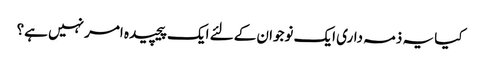
کیا یہ ذمہ داری ایک نوجوان کےلئے ایک پیچیده امر نہیں ہے؟